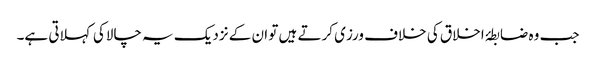
جب وہ ضابطۂ اخلاق کی خلاف ورزی کرتے ہیں تو ان کے نزدیک یہ چالاکی کہلاتی ہے۔